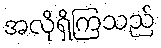
အလိုရှိကြသည်